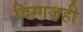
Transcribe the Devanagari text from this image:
दिग्गजही